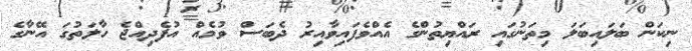
ނިކަން ބަލައިބަލަ މިތަނުގައި ރައްޔިތުންގެ އެއްވެފައިވާއިރު ދެބަސް ވުމެއް އުފެދިއްޖެ ހާލަތުގަ އޭނާގެ